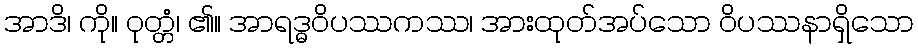
အာဒိ၊ ကို။ ဝုတ္တံ၊ ၏။ အာရဒ္ဓဝိပဿကဿ၊ အားထုတ်အပ်သော ဝိပဿနာရှိသော